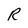
Character: R